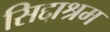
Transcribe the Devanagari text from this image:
सिद्दाश्रम